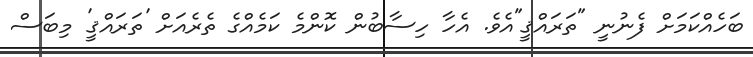
ބަހެއްކަމަށް ފެނުނީ "ތަރައްޤީ"އެވެ. އެހާ ހިސާބުން ކޮންމެ ކަމެއްގެ ތެރެއަށް 'ތަރައްޤީ' މިބަސް